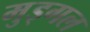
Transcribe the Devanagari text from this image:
मुड्गल